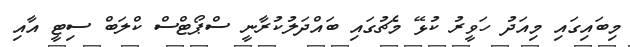
މިބައިގައި މިއަދު ހަވީރު ކުޅޭ މެޗުގައި ބައްދަލުކުރާނީ ސްޕޯޓްސް ކްލަބް ސިޓީ އާއި